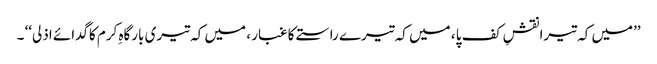
’’میں کہ تیرا نقشِ کف پا ، میں کہ تیرے راستے کا غبار ، میں کہ تیری بارگاہِ کرم کاگدائے اذلی‘‘ ۔